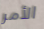
الأمر